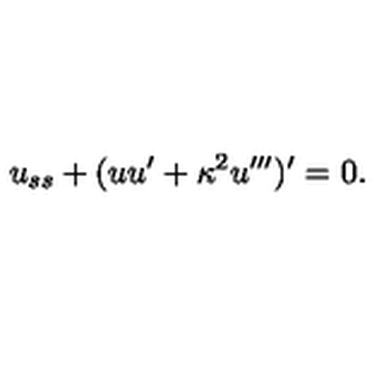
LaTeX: u _ { s s } + ( u u ^ { \prime } + \kappa ^ { 2 } u ^ { \prime \prime \prime } ) ^ { \prime } = 0 .